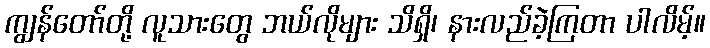
ကျွန်တော်တို့ လူသားတွေ ဘယ်လိုများ သိရှိ၊ နားလည်ခဲ့ကြတာ ပါလိမ့်။